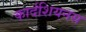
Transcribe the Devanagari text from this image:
कार्दशियनस